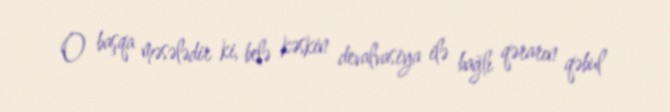
O başqa məsələdir ki, belə kəskin devalvasiya ilə bağlı qərarın qəbul